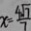
x = \frac { 4 \sqrt { 7 } } { 7 }